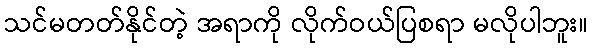
သင်မတတ်နိုင်တဲ့ အရာကို လိုက်ဝယ်ပြစရာ မလိုပါဘူး။